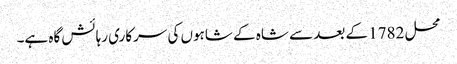
محل 1782 کے بعد سے شاہ کے شاہوں کی سرکاری رہائش گاہ ہے۔